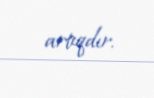
artıqdır.